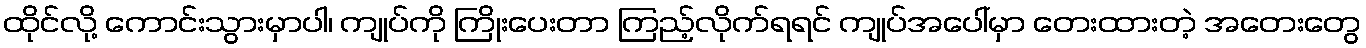
ထိုင်လို့ ကောင်းသွားမှာပါ၊ ကျုပ်ကို ကြိုးပေးတာ ကြည့်လိုက်ရရင် ကျုပ်အပေါ်မှာ တေးထားတဲ့ အတေးတွေ